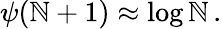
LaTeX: \psi(\mathbb{N}+1)\approx\log\mathbb{N}\, .